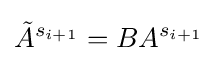
{\tilde {A}}^{s_{i+1}}=BA^{s_{i+1}}